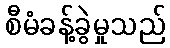
စီမံခန့်ခွဲမှုသည်